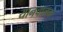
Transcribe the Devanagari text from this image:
यानचालक